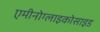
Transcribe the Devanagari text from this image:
एमीनोग्लाइकोसाइड